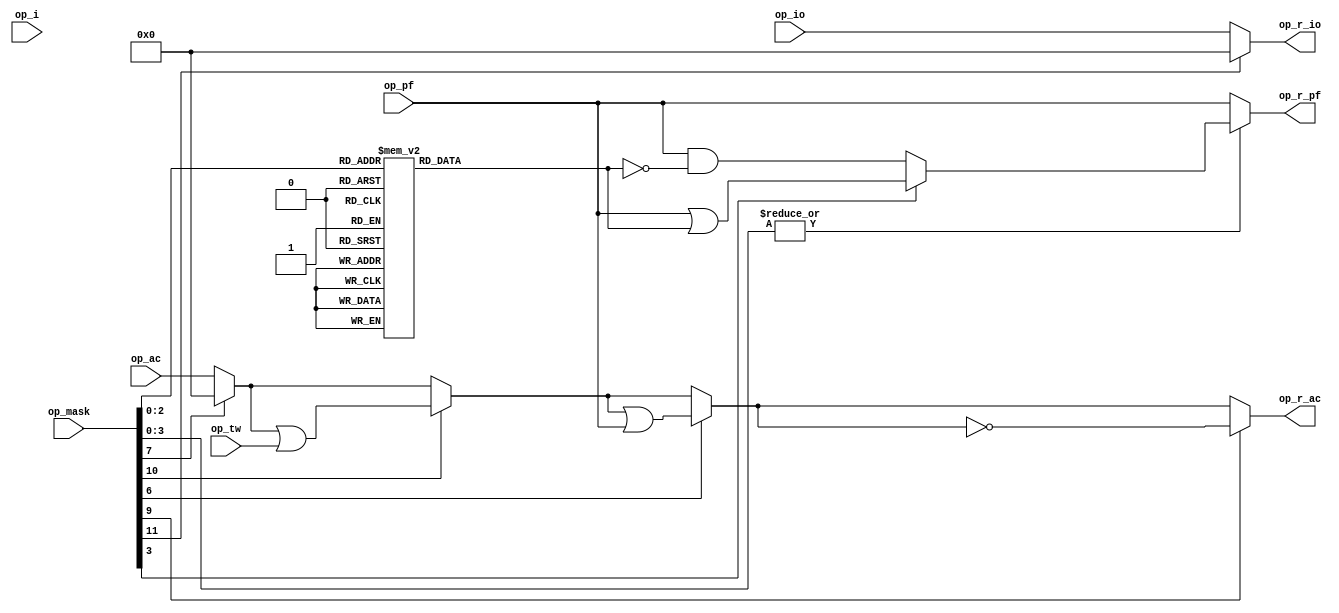
module pdp1_opr_decoder(op_i, op_mask, op_ac, op_io, 
			op_pf, op_tw, op_r_ac, op_r_io, op_r_pf);
   parameter pdp_model = "PDP-1";
   
   input op_i;
   input [0:11] op_mask;
   input [0:17] op_ac;
   input [0:17] op_io;
   input [0:5] 	op_pf;
   input [0:17] op_tw;
   output [0:17] op_r_ac;
   output [0:17] op_r_io;
   output [0:5]  op_r_pf;
   
   wire [0:18] 	 w_ac_immed1;
   wire [0:18] 	 w_ac_immed2;
   wire [0:18] 	 w_ac_immed3;
   wire [0:18] 	 w_ac_immed4;

   wire [0:18] 	 w_io_immed1;

   reg [0:5] 	 r_pf_mask;
     
   assign w_ac_immed4 = (op_mask[4]) ? 18'b0 : op_ac;
   assign w_ac_immed3 = (op_mask[1]) ? (w_ac_immed4 | op_tw) : w_ac_immed4;
   assign w_ac_immed2 = (op_mask[5]) ? (w_ac_immed3 | op_pf) : w_ac_immed3;
   assign w_ac_immed1 = (op_mask[2]) ? ~w_ac_immed2 : w_ac_immed2;
      
   assign w_io_immed1 = (op_mask[0]) ? 18'b0 : op_io;

   generate
      if(pdp_model == "PDP-1D") begin
	 assign w_io_immed1 = (op_i) ? ~w_io_immed2 : w_io_immed2;

	 assign op_r_ac = (op_mask[6]) ? w_io_immed1 : w_ac_immed1;
	 assign op_r_io = (op_mask[7]) ? w_ac_immed1 : w_io_immed1;
      end
      else begin
	 assign op_r_io = w_io_immed1;
	 assign op_r_ac = w_ac_immed1;
      end
   endgenerate

   assign op_r_pf = (|op_mask[8:11]) ?
		    ((op_mask[8]) ? op_pf | r_pf_mask : 
		     op_pf & ~r_pf_mask) :
		    op_pf;
   
   always @(op_mask or op_pf) begin
      case(op_mask[9:11])
	3'b000:
	  r_pf_mask = 6'b000000;
	3'b001:
	  r_pf_mask = 6'b000001;
	3'b010:
	  r_pf_mask = 6'b000010;
	3'b011:
	  r_pf_mask = 6'b000100;
	3'b100:
	  r_pf_mask = 6'b001000;
	3'b101:
	  r_pf_mask = 6'b010000;
	3'b110:
	  r_pf_mask = 6'b100000;
	3'b111:
	  r_pf_mask = 6'b111111;
      endcase // case (op_mask[9:11])
   end
   
endmodule